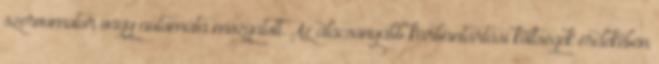
szervomotor vagy automata mozgatott. Az alacsonyabb karbantartási költségek érdekében